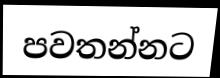
පවතන්නට